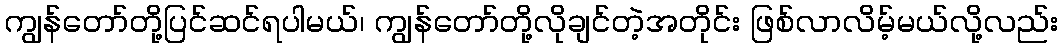
ကျွန်တော်တို့ပြင်ဆင်ရပါမယ်၊ ကျွန်တော်တို့လိုချင်တဲ့အတိုင်း ဖြစ်လာလိမ့်မယ်လို့လည်း